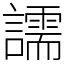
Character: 譳